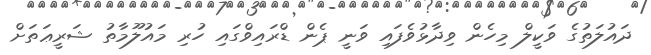
ދައުލަތުގެ ވަކީލް މިހެން ވިދާޅުވެފައި ވަނީ ޕެން ޑްރައިވްގައި ހުރި މައުލޫމާތު ޝަރީޢަތަށް